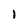
Character: l